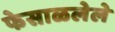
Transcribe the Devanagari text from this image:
फेसाळलेले